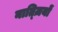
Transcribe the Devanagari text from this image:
नात्ज़ियों